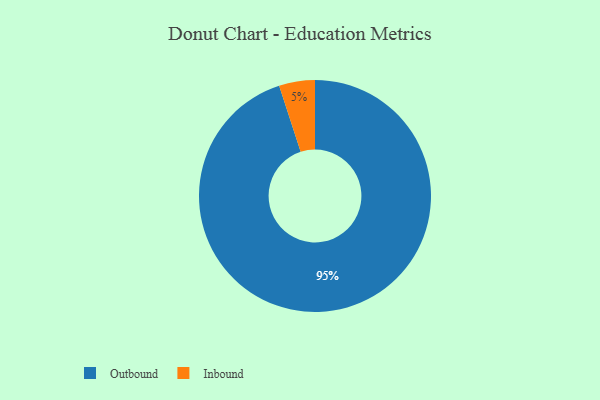
{"axis": {"x": "Category", "y": "Percentage"}, "legend": ["Inbound", "Outbound"], "data": [{"x": "Inbound", "y": 5, "type": "Inbound"}, {"x": "Outbound", "y": 95, "type": "Outbound"}]}